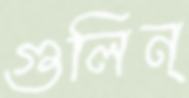
গুলিন্‌